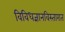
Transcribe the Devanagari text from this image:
विविधज्ञानविस्तारात